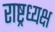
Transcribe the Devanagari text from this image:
राष्ट्रध्यक्ष